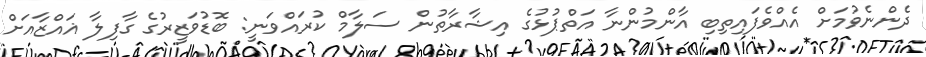
ދެންނެވުމަށް އެއްވެފައިތިބި އާންމުންނާ އަތްޕުޅުގެ އިޝާރާތުން ސަލާމް ކުރައްވަނީ: ބޮޑުވަޒީރުގެ ގާފިލާ ޣައްޒާއަށް